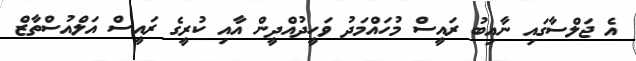
އެ ޖަލްސާގައި ނާއިބު ރައީސް މުހައްމަދު ވަހީދުއްދީން އާއި ކުރީގެ ރައީސް އަލްއުސްތާޒް